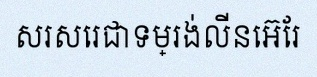
សរសេរជាទម្រង់លីនេអ៊ែរ